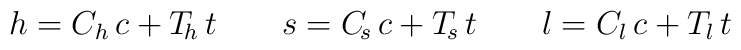
h=C_{h}\,c+T_{\!h}\,t\qquad s=C_{\! s}\,c+T_{\! s}\,t\qquad l=C_{l}\,c+T_{l}\,t